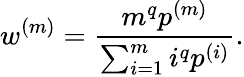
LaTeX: w^{(m)}=\frac{m^{q}p^{(m)}}{\sum_{i=1}^{m}i^{q}p^{(i)}}.